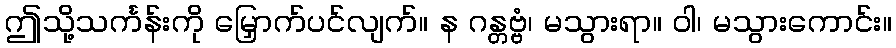
ဤသို့သင်္ကန်းကို မြှောက်ပင်လျက်။ န ဂန္တဗ္ဗံ၊ မသွားရာ။ ဝါ၊ မသွားကောင်း။